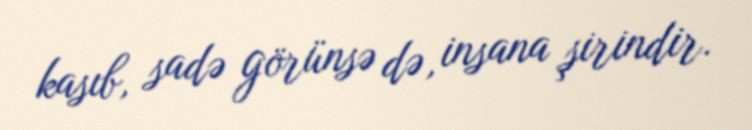
kasıb, sadə görünsə də, insana şirindir.